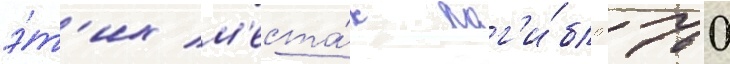
э́т'их м'еста́х пог'и́бло 760